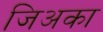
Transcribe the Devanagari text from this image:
जिअका